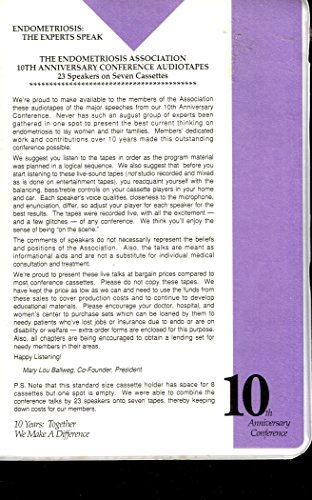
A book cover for Endometriosis : The Experts Speak, the Endometriosis Association 10th Anniv. Conference Audiotapes 23 Speakers on Seven Cassettes; Health, Fitness & Dieting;